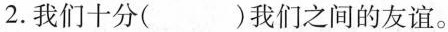
2.我们十分( )我们之间的友谊。